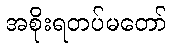
အစိုးရတပ်မတော်